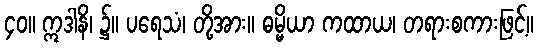
၄၀။ ဣဒါနိ၊ ၌။ ပရေသံ၊ တို့အား။ ဓမ္မိယာ ကထာယ၊ တရားစကားဖြင့်။